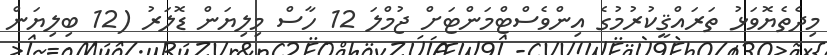
މިދެތެޔޮވަޅު ތަރައްޤީކުރުމުގެ އިންވެސްޓްމަންޓަށް ޖުމްލަ 12 ހާސް މިލިޔަން ޑޮލަރު (12 ބިލިޔަން